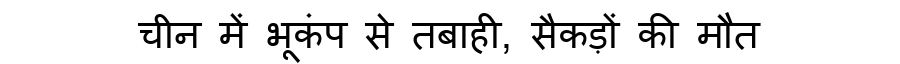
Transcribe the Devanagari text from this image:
चीन में भूकंप से तबाही, सैकड़ों की मौत